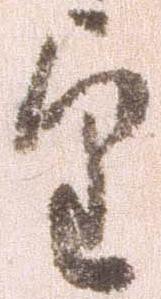
望